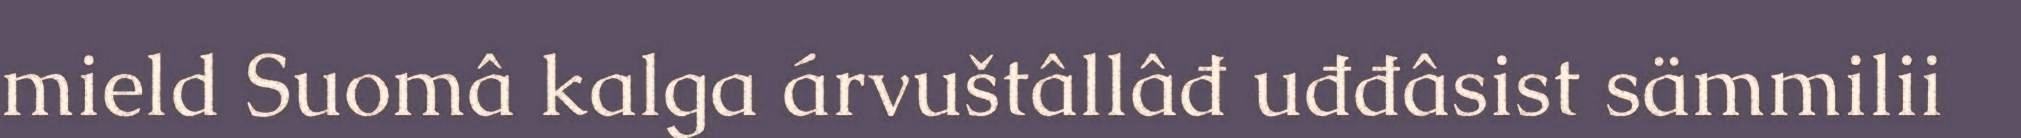
mield Suomâ kalga árvuštâllâđ uđđâsist sämmilii